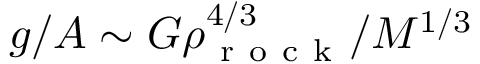
g / A \sim G \rho _ { \mathrm { ~ r ~ o ~ c ~ k ~ } } ^ { 4 / 3 } / M ^ { 1 / 3 }